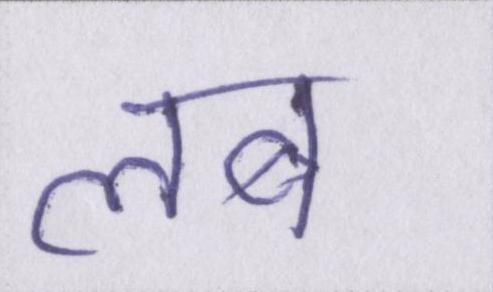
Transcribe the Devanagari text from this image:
लब